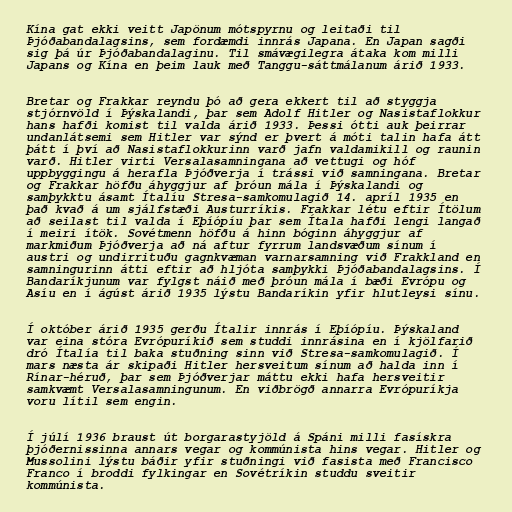
Kína gat ekki veitt Japönum mótspyrnu og leitaði til
Þjóðabandalagsins, sem fordæmdi innrás Japana. En Japan sagði
sig þá úr Þjóðabandalaginu. Til smávægilegra átaka kom milli
Japans og Kína en þeim lauk með Tanggu-sáttmálanum árið 1933.

Bretar og Frakkar reyndu þó að gera ekkert til að styggja
stjórnvöld í Þýskalandi, þar sem Adolf Hitler og Nasistaflokkur
hans hafði komist til valda árið 1933. Þessi ótti auk þeirrar
undanlátsemi sem Hitler var sýnd er þvert á móti talin hafa átt
þátt í því að Nasistaflokkurinn varð jafn valdamikill og raunin
varð. Hitler virti Versalasamningana að vettugi og hóf
uppbyggingu á herafla Þjóðverja í trássi við samningana. Bretar
og Frakkar höfðu áhyggjur af þróun mála í Þýskalandi og
samþykktu ásamt Ítalíu Stresa-samkomulagið 14. apríl 1935 en
það kvað á um sjálfstæði Austurríkis. Frakkar létu eftir Ítölum
að seilast til valda í Eþíópíu þar sem Ítala hafði lengi langað
í meiri ítök. Sovétmenn höfðu á hinn bóginn áhyggjur af
markmiðum Þjóðverja að ná aftur fyrrum landsvæðum sínum í
austri og undirrituðu gagnkvæman varnarsamning við Frakkland en
samningurinn átti eftir að hljóta samþykki Þjóðabandalagsins. Í
Bandaríkjunum var fylgst náið með þróun mála í bæði Evrópu og
Asíu en í ágúst árið 1935 lýstu Bandaríkin yfir hlutleysi sínu.

Í október árið 1935 gerðu Ítalir innrás í Eþíópíu. Þýskaland
var eina stóra Evrópuríkið sem studdi innrásina en í kjölfarið
dró Ítalía til baka stuðning sinn við Stresa-samkomulagið. Í
mars næsta ár skipaði Hitler hersveitum sínum að halda inn í
Rínar-héruð, þar sem Þjóðverjar máttu ekki hafa hersveitir
samkvæmt Versalasamningunum. En viðbrögð annarra Evrópuríkja
voru lítil sem engin.

Í júlí 1936 braust út borgarastyjöld á Spáni milli fasískra
þjóðernissinna annars vegar og kommúnista hins vegar. Hitler og
Mussolini lýstu báðir yfir stuðningi við fasista með Francisco
Franco í broddi fylkingar en Sovétríkin studdu sveitir
kommúnista.